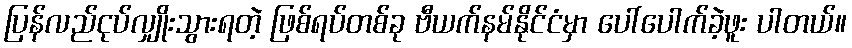
ပြန်လည်ငုပ်လျှိုးသွားရတဲ့ ဖြစ်ရပ်တစ်ခု ဗီယက်နမ်နိုင်ငံမှာ ပေါ်ပေါက်ခဲ့ဖူး ပါတယ်။